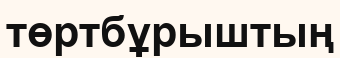
төртбұрыштың